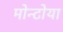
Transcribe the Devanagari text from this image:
मोन्टोया